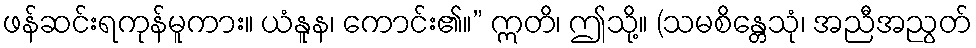
ဖန်ဆင်းရကုန်မူကား။ ယံနူန၊ ကောင်း၏။” ဣတိ၊ ဤသို့။ (သမစိန္တေသုံ၊ အညီအညွတ်